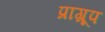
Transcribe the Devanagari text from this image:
प्राग्रूप